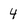
Character: 4